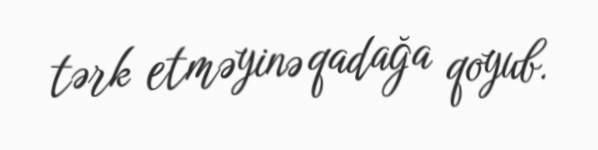
tərk etməyinə qadağa qoyub.